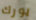
يورك